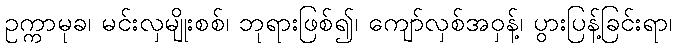
ဥက္ကာမုခ၊ မင်းလှမျိုးစစ်၊ ဘုရားဖြစ်၍၊ ကျော်လှစ်အဝှန့်၊ ပွားပြန့်ခြင်းရာ၊